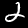
Label: 2